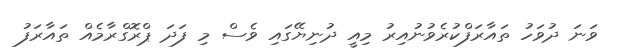
ވަނަ ދުވަހު ތައާރަފްކުރެވުނުއިރު މިއީ ދުނިޔޭގައި ވެސް މި ފަދަ ޕްރޮގްރާމެއް ތައާރަފު